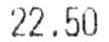
22.50